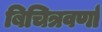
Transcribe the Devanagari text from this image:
बिचित्रवर्णा